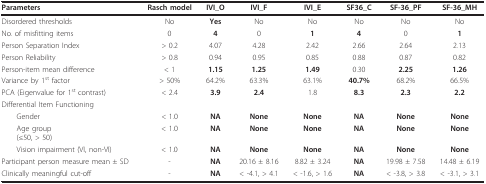
| Parameters | Rasch model | IVI_O | IVI_F | IVI_E | SF36_C | SF-36_PF | SF-36_MH |
 | --- | --- | --- | --- | --- | --- | --- | --- |
 | Disordered thresholds | No | Yes | No | No | No | No | No |
 | No. of misfitting items | 0 | 4 | 0 | 1 | 4 | 0 | 1 |
 | Person Separation Index | > 0.2 | 4.07 | 4.28 | 2.42 | 2.66 | 2.64 | 2.13 |
 | Person Reliability | > 0.8 | 0.94 | 0.95 | 0.85 | 0.88 | 0.87 | 0.82 |
 | Person-item mean difference | < 1 | 1.15 | 1.25 | 1.49 | 0.30 | 2.25 | 1.26 |
 | Variance by 1st factor | > 50% | 64.2% | 63.3% | 63.1% | 40.7% | 68.2% | 66.5% |
 | PCA (Eigenvalue for 1st contrast) | < 2.4 | 3.9 | 2.4 | 1.8 | 8.3 | 2.3 | 2.2 |
 | Differential Item Functioning |  |  |  |  |  |  |  |
 | Gender | < 1.0 | NA | None | None | NA | None | None |
 | Age group(≤50, > 50) | < 1.0 | NA | None | None | NA | None | None |
 | Vision impairment (VI, non-VI) | < 1.0 | NA | None | None | NA | None | None |
 | Participant person measure mean ± SD | - | NA | 20.16 ± 8.16 | 8.82 ± 3.24 | NA | 19.98 ± 7.58 | 14.48 ± 6.19 |
 | Clinically meaningful cut-off | - | NA | < -4.1, > 4.1 | < -1.6, > 1.6 | NA | < -3.8, > 3.8 | < -3.1, > 3.1 |